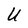
Character: U